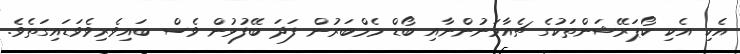
އެކި އެކި ކޯޕަރޭޝަންތަކުގެ ޗެއާމަނުންނާއި ބޯޑް މެމްބަރުން ފަދަ ބޭފުޅުން ވެސް ބައިވެރިވެވަޑައިގަތެވެ.